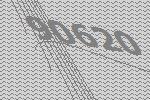
90620